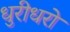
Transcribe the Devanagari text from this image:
धुरीधरो